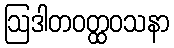
ဩဒါတဝတ္ထဝသနာ